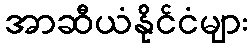
အာဆီယံနိုင်ငံများ